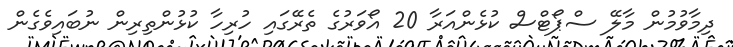
ދިމާވުމުން މާލޭ ސްޕޯޓްސް ކުޅެންއަރާ 20 އޯވަރުގެ ތެރޭގައި ހުރިހާ ކުޅުންތިރިން ނުބައިވެގެން